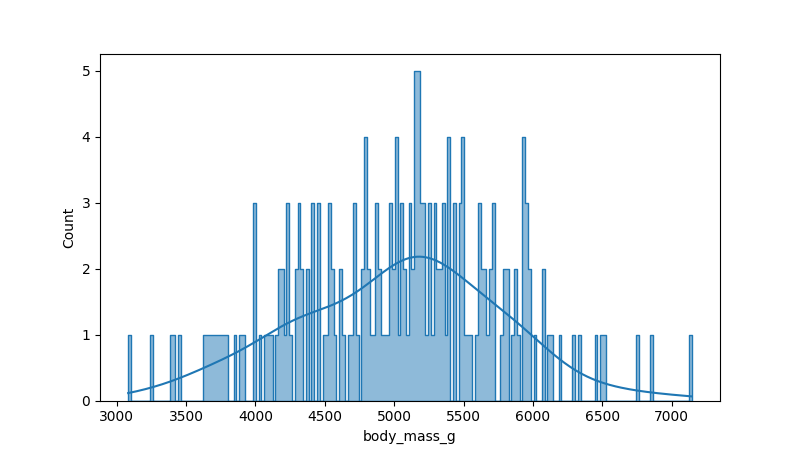
python, seaborn, histplot, hue='all', binwidth=20, bins='20', element='step'